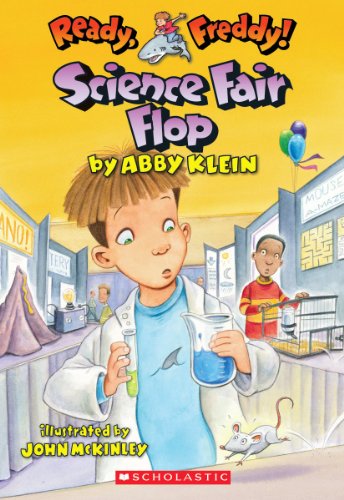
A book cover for Ready, Freddy! #22: Science Fair Flop; Abby Klein; Children's Books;